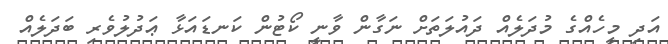
އަދި މީހެއްގެ މުދަލެއް ދައުލަތަށް ނަގާން ވާނީ ކޯޓުން ކަނޑައަޅާ ޢަދުލުވެރި ބަދަލެއް